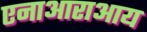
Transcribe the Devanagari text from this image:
एनाआराआय